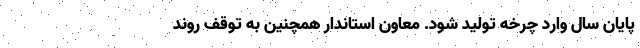
پایان سال وارد چرخه تولید شود. معاون استاندار همچنین به توقف روند